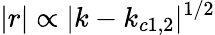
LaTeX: |r|\propto|k-k_{c1,2}|^{1/2}